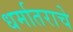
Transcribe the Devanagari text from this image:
धर्मातराचे